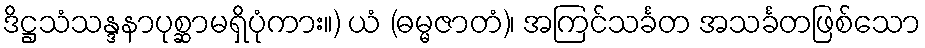
ဒိဋ္ဌသံသန္ဒနာပုစ္ဆာမရှိပုံကား။) ယံ (ဓမ္မဇာတံ)၊ အကြင်သင်္ခတ အသင်္ခတဖြစ်သော